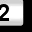
Digit: 2